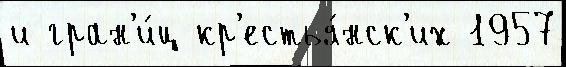
и гран'и́ц кр'естья́нск'их 1957